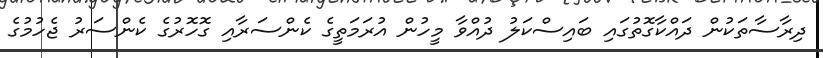
ދިރާސާތަކުން ދައްކާގޮތުގައި ބައިސްކަލު ދުއްވާ މީހުން އުރަމަތީގެ ކެންސަރާއި ގޮހޮރުގެ ކެންސަރު ޖެހުމުގެ